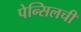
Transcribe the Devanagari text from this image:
पेन्सिलची